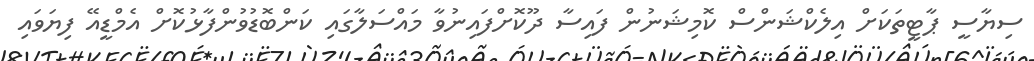
ސިޔާސީ ޕާޓީތަކަށް އިލެކްޝަންސް ކޮމިޝަނުން ފައިސާ ދޫކޮށްފައިނުވާ މައްސަލާގައި ކަންބޮޑުވުންފާޅުކޮށް އެމްޑީއޭ ފިޔަވައި